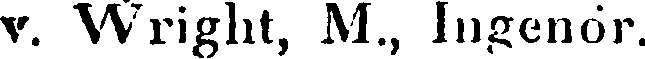
v. Wright, M., Ingenör.